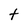
Character: t